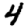
Digit: 4